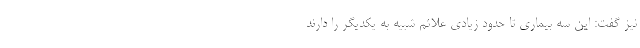
نیز گفت: این سه بیماری تا حدود زیادی علائم شبیه به یکدیگر را دارند